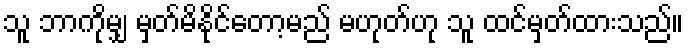
သူ ဘာကိုမျှ မှတ်မိနိုင်တော့မည် မဟုတ်ဟု သူ ထင်မှတ်ထားသည်။